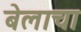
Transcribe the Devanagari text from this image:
बेलाचा